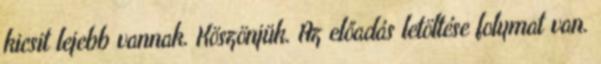
kicsit lejebb vannak. Köszönjük. Az előadás letöltése folymat van.